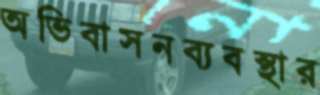
অভিবাসনব্যবস্থার